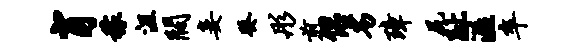
肖稼沮阔妾癸彤煎侣劣璋尻趾溢卒